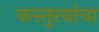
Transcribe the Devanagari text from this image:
कस्तुरबांचा